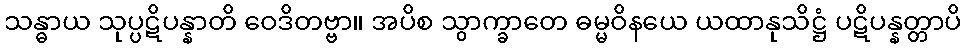
သန္ဓာယ သုပ္ပဋိပန္နာတိ ဝေဒိတဗ္ဗာ။ အပိစ သွာက္ခာတေ ဓမ္မဝိနယေ ယထာနုသိဋ္ဌံ ပဋိပန္နတ္တာပိ